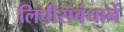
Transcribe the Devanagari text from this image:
लिपीसंबंधानें